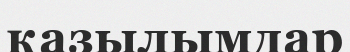
қазылымдар